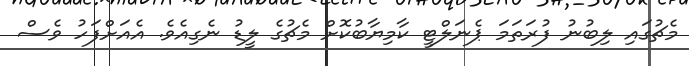
މެޗުގައި ލިބުނު ފުރަތަމަ ޕެނަލްޓީ ކާމިޔާބުކޮށް މެޗުގެ ލީޑު ނެގިއެވެ. އެއަށްފަހު ވެސް